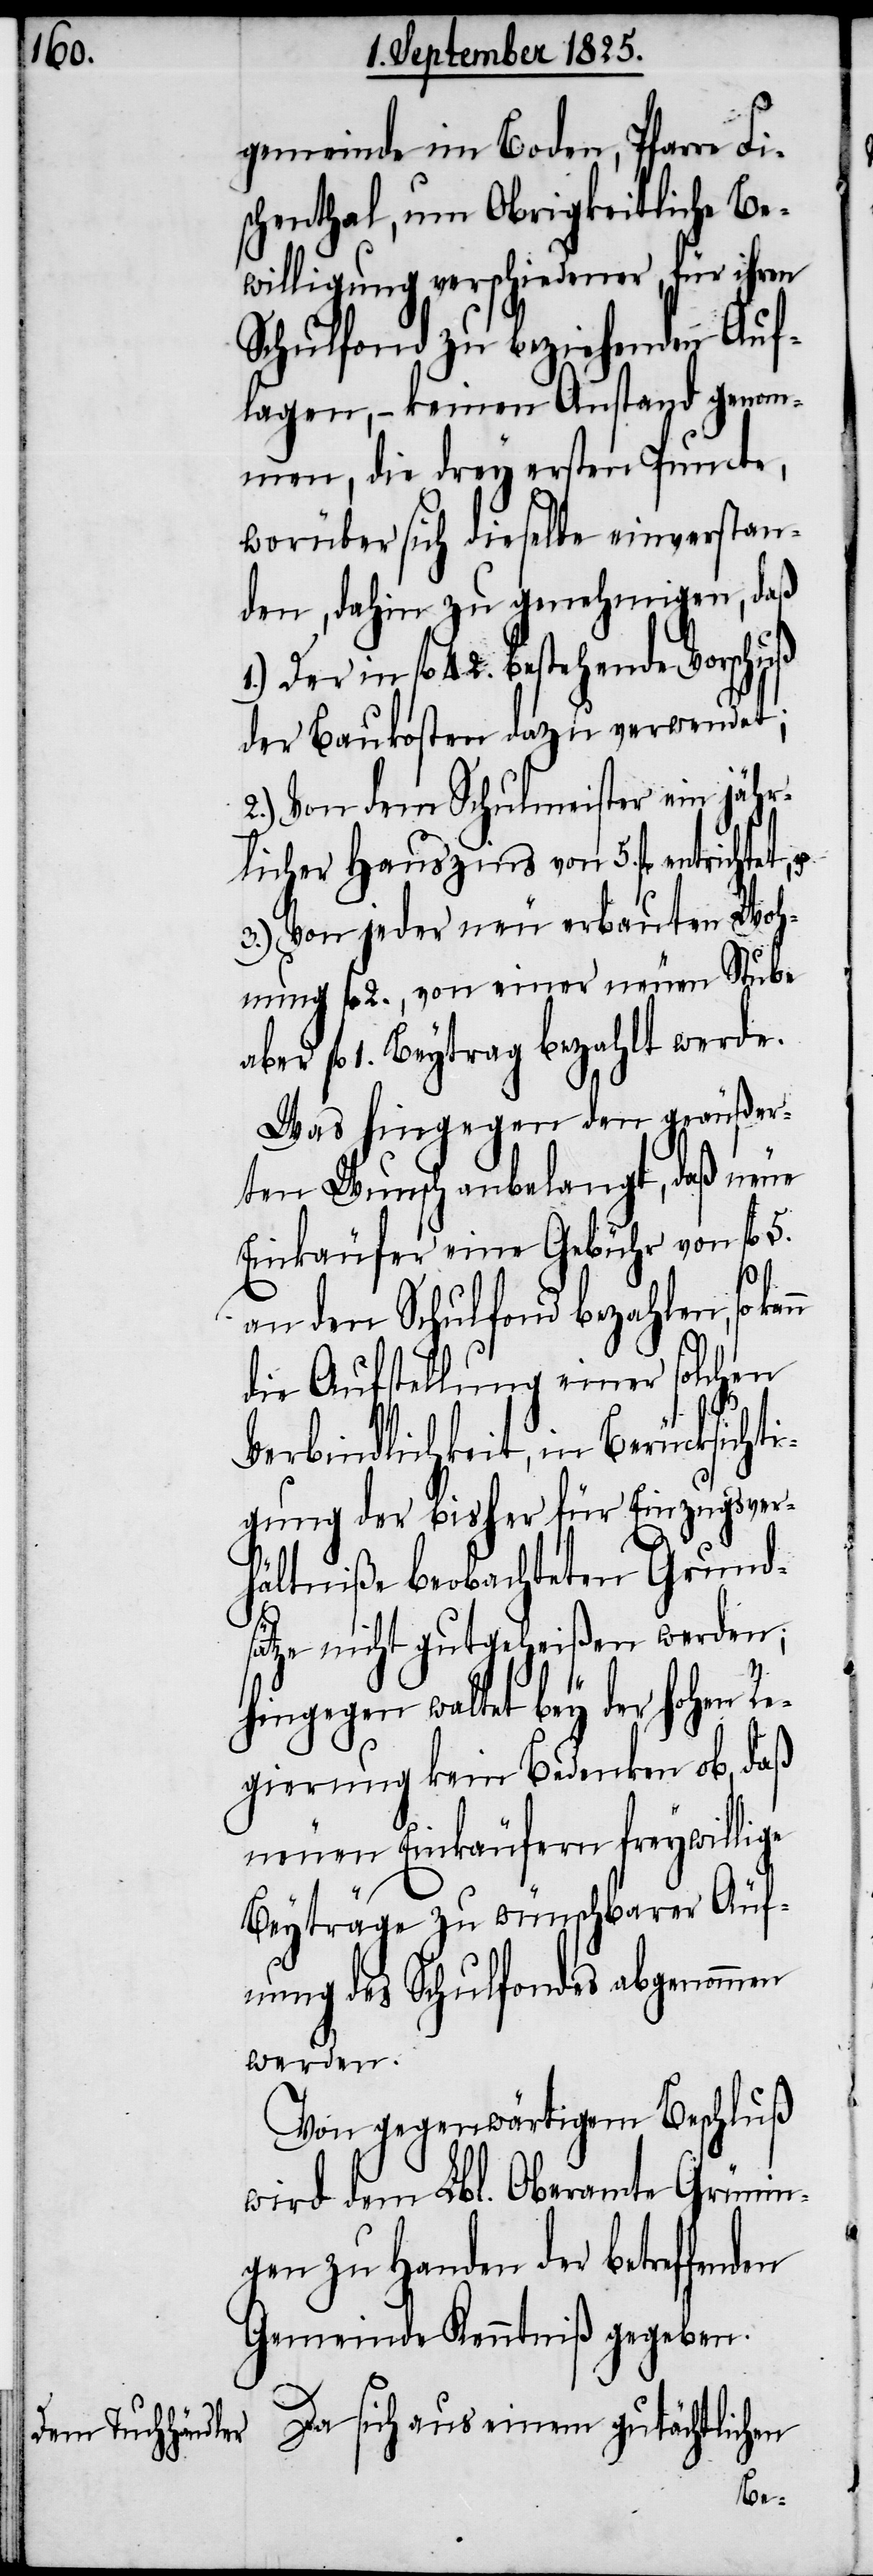
gemeinde im Boden, Pfarre Fi¬
schenthal, um Obrigkeitliche Be¬
willigung verschiedener, für ihren
Schulfond zu beziehenden Auf¬
lagen, – keinen Anstand genom¬
men, die drey ersten Puncte,
worüber sich dieselbe einverstan¬
den, dahin zu genehmigen, daß
1.) Der in fl 42. bestehende Vorschuß
der Baukosten dazu verwendet;
2.) Von dem Schulmeister ein jähr¬
licher Hauszins von 5. fl entrichtet,
3.) Von jeder neu erbauten Woh¬
nung fl 2., von einer neuen Stube
aber fl 1. Beytrag bezahlt werde.
Was hingegen den geäußer¬
ten Wunsch anbelangt, daß neue
Einkäufer eine Gebühr von fl 5.
an den Schulfond bezahlen, so
die Aufstellung einer solchen
Verbindlichkeit, in Berücksichti¬
gung der bisher für Einzugsver¬
hältniße beobachteten Grund¬
sätze nicht gutgeheißen werden;
Hingegen waltet bey der hohen Re¬
gierung kein Bedenken ob, daß
neuen Einkäufern freywillige
Beyträge zu wünschbarer Äuf¬
fnung des Schulfondes abgenommen
werden.
Von gegenwärtigem Beschluß
wird dem Lbl. Oberamte Grünin¬
gen zu Handen der betreffenden
Gemeinde Kenntniß gegeben.
Da sich aus einem gutächtlichen